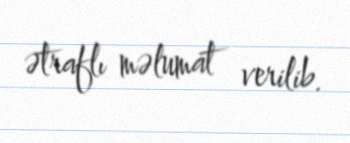
ətraflı məlumat verilib.